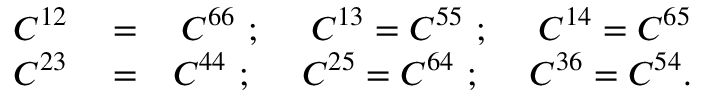
\begin{array} { r l r } { C ^ { 1 2 } } & { { } = } & { C ^ { 6 6 } \ ; \ \quad C ^ { 1 3 } = C ^ { 5 5 } \ ; \ \quad C ^ { 1 4 } = C ^ { 6 5 } } \\ { C ^ { 2 3 } } & { { } = } & { C ^ { 4 4 } \ ; \ \quad C ^ { 2 5 } = C ^ { 6 4 } \ ; \ \quad C ^ { 3 6 } = C ^ { 5 4 } . } \end{array}